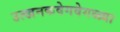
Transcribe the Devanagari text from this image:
उत्खनकवेगवेगळ्या